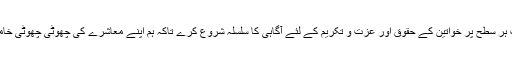
اس سلسلے میں ریاست کا فرض بنتا ہے کہ وہ تعلیمی اداروں سمیت ہر سطح پر خواتین کے حقوق اور عزت و تکریم کے لئے آگاہی کا سلسلہ شروع کرے تاکہ ہم اپنے معاشرے کی چھوٹی چھوٹی خامیوں کو دور کر کے ایک بہترین معاشرہ بنانے کی طرف جا سکیں۔